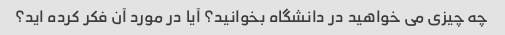
چه چیزی می خواهید در دانشگاه بخوانید؟ آیا در مورد آن فکر کرده اید؟